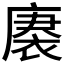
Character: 𮖒